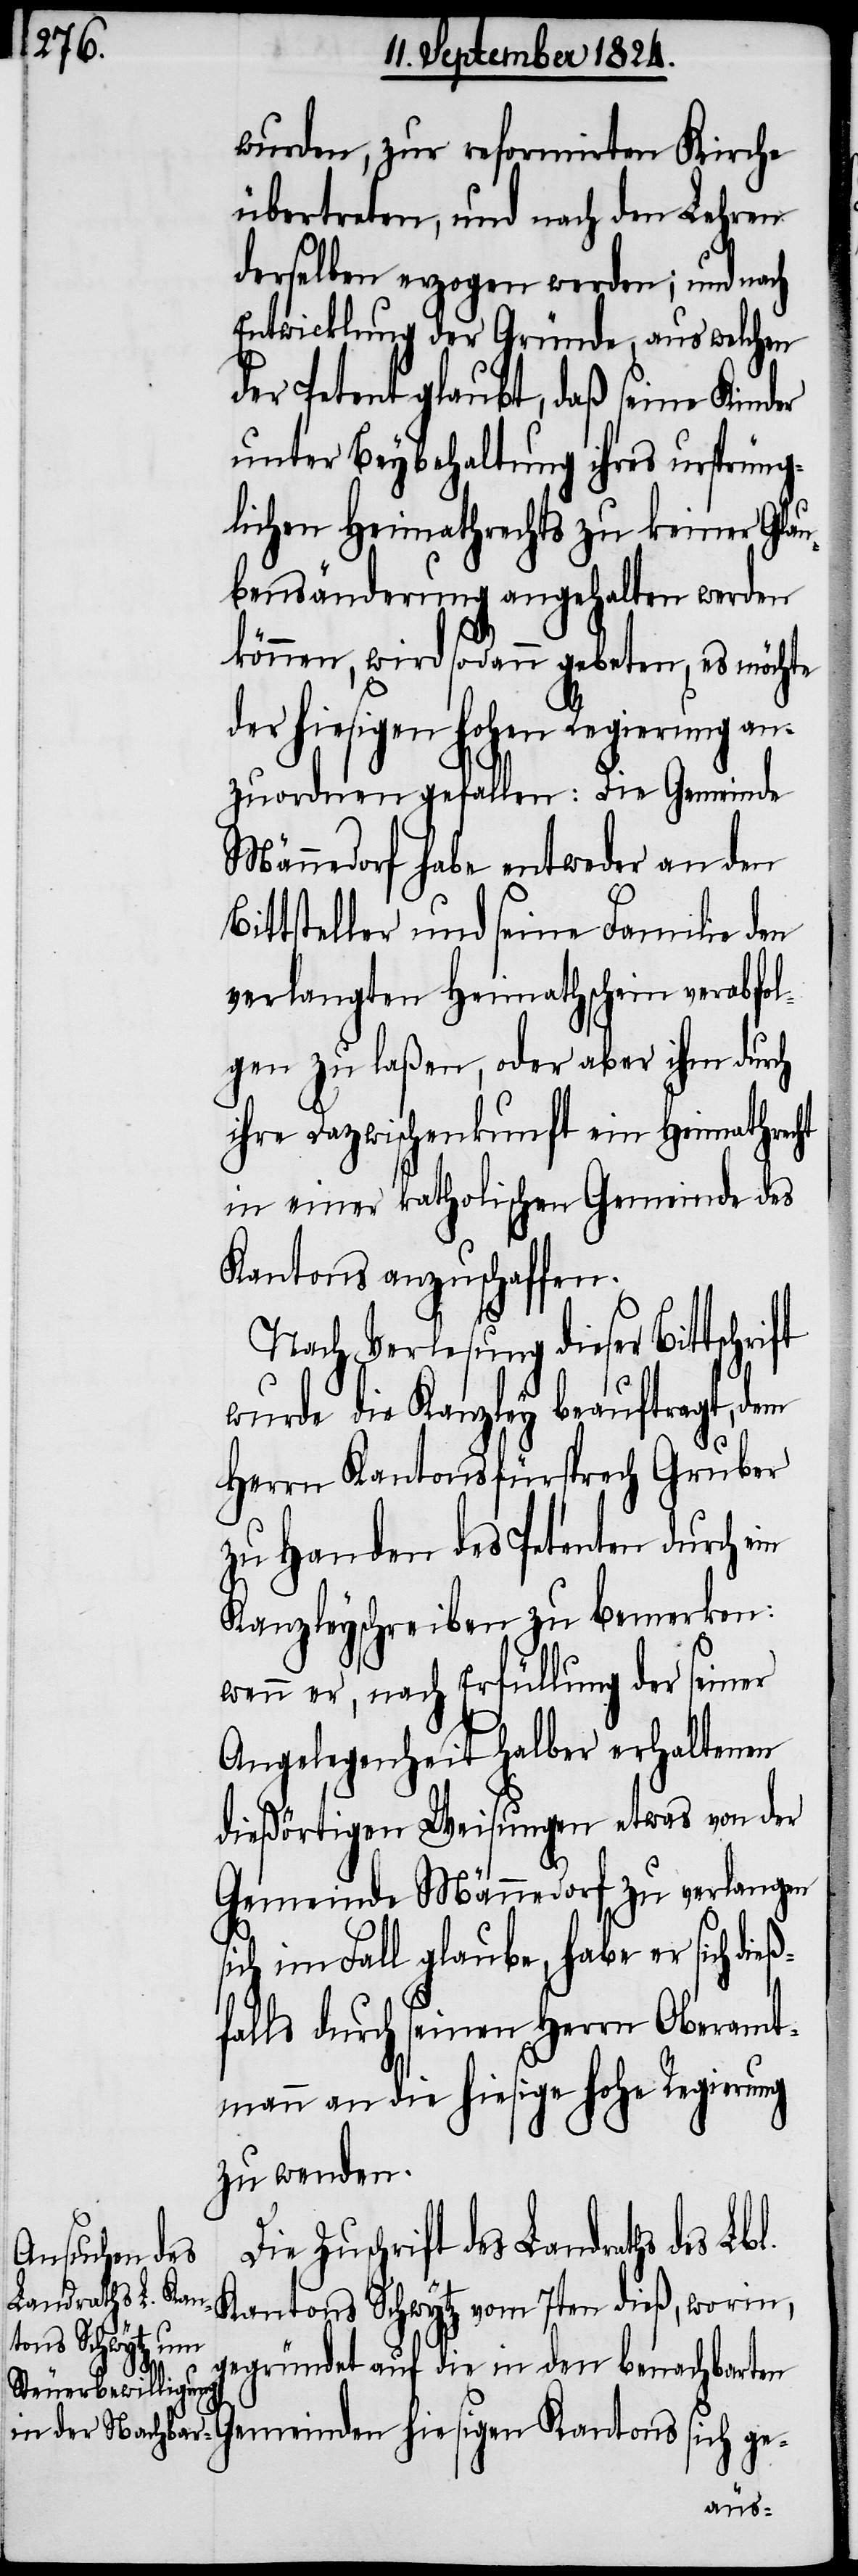
wurden, zur reformirten Kirche
übertreten, und nach den Lehren
derselben erzogen werden; und nach
Entwicklung der Gründe, aus welchen
der Petent glaubt, daß seine Kinder
unter Beybehaltung ihres ursprüng¬
lichen Heimathrechts zu keiner Glau¬
bensänderung angehalten werden
können, wird sodann gebeten, es möchte
der hiesigen hohen Regierung an¬
zuordnen gefallen: Die Gemeinde
Männedorf habe entweder an den
Bittsteller und seine Familie den
verlangten Heimathschein verabfol¬
gen zu laßen, oder aber ihm durch
ihre Dazwischenkunft ein Heimathrecht
in einer katholischen Gemeinde des
Kantons anzuschaffen.
Nach Verlesung dieser
wurde die Kanzley beauftragt, dem
Herrn Kantonsfürsprech Gruber
zu Handen des Petenten durch ein
Kanzleyschreiben zu bemerken:
wenn er, nach Erfüllung der seiner
Angelegenheit halber erhaltenen
dießörtigen Weisungen etwas von der
Gemeinde Männedorf zu verlangen
sich im Fall glaube, habe er sich di¬
falls durch seinen Herrn Oberamt¬
mann an die hiesige hohe Regierung
zu wenden.
Zuschrift des Landraths des
Kantons Schwytz vom 7ten dieß, worin,
gegründet auf die in den benachbarten
eß¬